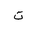
Letter: _ta